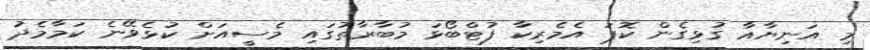
މި އަނިޔާއާ ގުޅިގެން ކޮޕަ އެމެރިކާ ފުޓްބޯޅަ މުބާރާތުގައި މެސީއަށް ކުޅެވޭނެ ކަމާމެދު